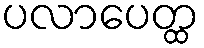
ပလာပေတ္ထ